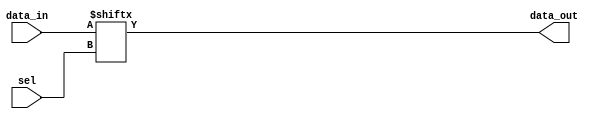
// Template for problem b

module eight_one_mux(data_out, data_in, sel);
	output reg data_out;
	input [7:0] data_in;
	input [2:0] sel;
	
	always @ (data_in or sel)
	begin
		data_out = data_in[sel];
	end
endmodule